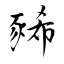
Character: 豨